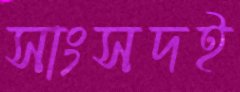
সাংসদই